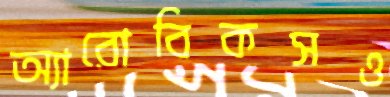
অ্যারোবিকসও